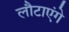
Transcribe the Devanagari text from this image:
लौटाएंगे